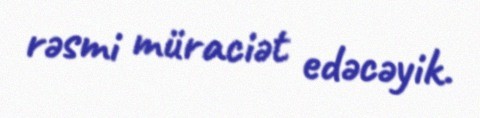
rəsmi müraciət edəcəyik.